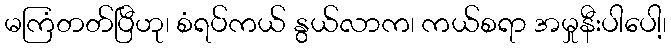
မကြံတတ်ပြီဟု၊ စံရပ်ကယ် နွယ်လာက၊ ကယ်စရာ အမှုနီးပါပေါ့၊